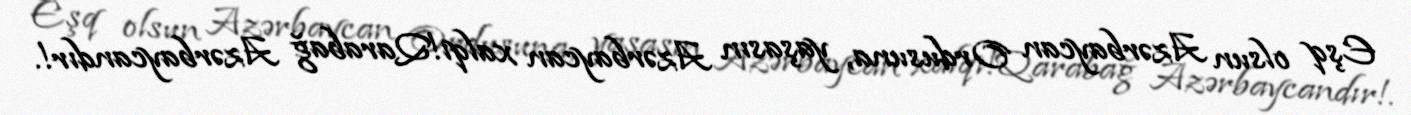
Eşq olsun Azərbaycan Ordusuna, yaşasın Azərbaycan xalqı!Qarabağ Azərbaycandır!.